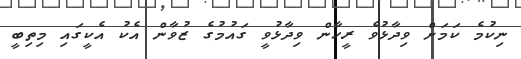
ނިކުމެ ކަމަށް ވިދާޅުވެ ރީހާން ވިދާޅުވީ ގައުމުގެ ޒުވާން އެކު އެކީގައި މިތިބީ